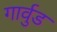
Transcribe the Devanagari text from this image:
गार्वुड